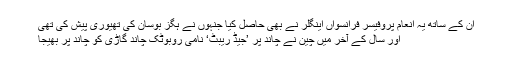
ان کے ساتھ یہ انعام پروفیسر فرانسواں اینگلر نے بھی حاصل کیا جنہوں نے ہگز بوسان کی تھیوری پیش کی تھی
اور سال کے آخر میں چین نے چاند پر ’جیڈ ریبٹ‘ نامی روبوٹک چاند گاڑی کو چاند پر بھیجا